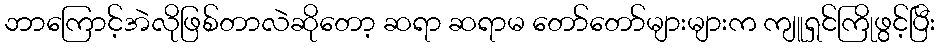
ဘာကြောင့်အဲလိုဖြစ်တာလဲဆိုတော့ ဆရာ ဆရာမ တော်တော်များများက ကျူရှင်ကြိုဖွင့်ပြီး